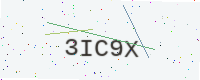
Text: 3IC9X